system: You are a helpful assistant.
user:
Analyze the provided spectrum to determine if it is a **S-type Star**.

- **Key Indicators for S-type Star:**

    - **(Overall Spectrum Shape):** The first and most obvious characteristic is the overall continuum (the "baseline" shape). It is **extremely "red-sloping,"** meaning the flux (light intensity) is very low on the left side (blue, ~4000-4500 Å) and rises steeply and continuously toward the right side (red, ~7000 Å+).

    - **(Primary):** The spectrum is defined by the presence of strong, broad molecular absorption "valleys" (bands) from **Zirconium Oxide (ZrO)**. The identification of these bands is the **primary requirement** for classifying a star as S-type.
        - **(Key Bandheads):** You must find distinct, deep "dips" where the light has been absorbed. The most critical band systems to locate are:
            - **~6474 Å** ($\gamma$-system): This is often the strongest and clearest ZrO feature, found in the red part of the spectrum.
            - **~5718 Å** & **~5551 Å** ($\beta$-system): A pair of prominent absorption features in the yellow-orange part of the spectrum.
            - **~4640 Å** ($\alpha$-system): A key absorption band system in the blue-green region of the spectrum.

    - **(Secondary Confirmation):** The classification is strengthened by finding additional absorption bands from other related heavy element oxides, which are expected to be present alongside ZrO.
        - **(Key Bandheads):**
            - **Yttrium Oxide (YO):** Look for absorption dips near **~4800 Å** and **~6100 Å**.
            - **Lanthanum Oxide (LaO):** Additional absorption features, particularly in the red-orange part of the spectrum, are also characteristic.

    - **(Line Profile):** The combination of the steep red continuum and these numerous, deep molecular bands (ZrO, YO, etc.) gives the entire spectrum a very **"chopped-up"** or **"bumpy"** appearance. Instead of a smooth curve, the spectrum looks as though large, wide chunks of light have been "carved out" of it at the specific wavelengths listed above.

Think first, call **spectral_visualization_tool** if needed to examine features in detail, then provide your final answer. Your response must adhere to the following strict rules:
1.  **Overall Structure:** Your response must follow the format `<think>...</think> <tool_call>...</tool_call> (if a tool is used) <answer>...</answer>`.
2.  **Tool Usage Constraint:** You may only make **one** tool call per turn.
3.  **Final Answer Format:** In the `<answer>` tag, your conclusion must be inside a `\boxed{}` command (e.g., `\boxed{YES}` or `\boxed{NO}`), followed by your justification.

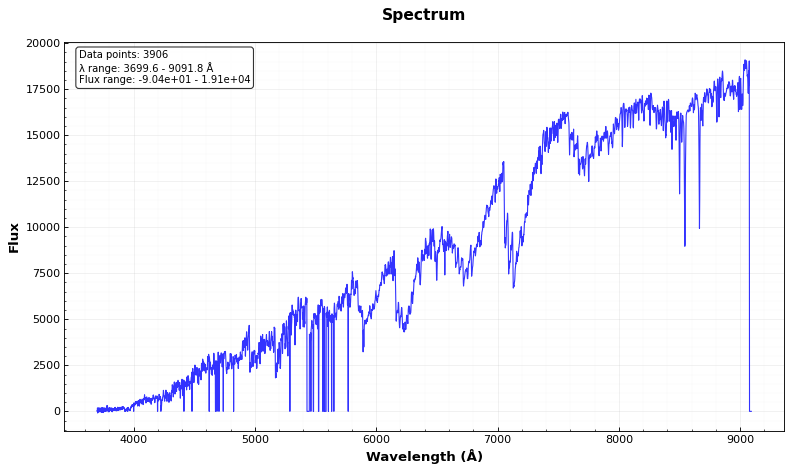
Answer: YES